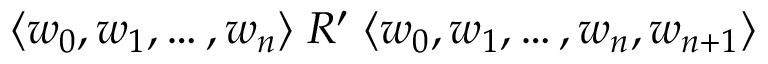
\langle w _ { 0 } , w _ { 1 } , \dots , w _ { n } \rangle \; R ^ { \prime } \; \langle w _ { 0 } , w _ { 1 } , \dots , w _ { n } , w _ { n + 1 } \rangle